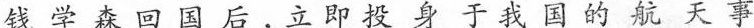
战学森回国后，立即投身于我国的航天事